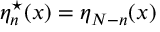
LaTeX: \eta _ { n } ^ { \star } ( x ) = \eta _ { N - n } ( x )